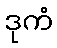
ဒုကံ